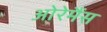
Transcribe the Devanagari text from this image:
ओरेमैंस